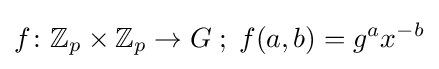
f\colon \mathbb {Z} _{p}\times \mathbb {Z} _{p}\to G\;;\;f(a,b)=g^{a}x^{-b}